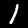
Label: 1